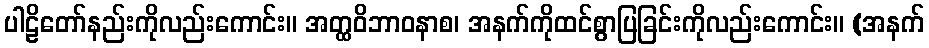
ပါဠိတော်နည်းကိုလည်းကောင်း။ အတ္ထဝိဘာဝနာစ၊ အနက်ကိုထင်စွာပြခြင်းကိုလည်းကောင်း။ (အနက်